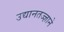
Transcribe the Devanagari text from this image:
उद्यानतज्ज्ञाने